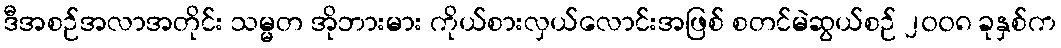
ဒီအစဉ်အလာအတိုင်း သမ္မတ အိုဘားမား ကိုယ်စားလှယ်လောင်းအဖြစ် စတင်မဲဆွယ်စဉ် ၂၀၀၈ ခုနှစ်က